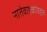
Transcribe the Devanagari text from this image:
नातेवाइकांबद्दल